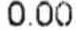
0.00